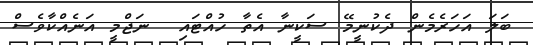
ބަލަ އަހަރެމެން ދެކުނީމޭ ސަކީނާ އެތާ ހުއްޓައި  ނަޖްމީ އަނެއްކާވެސް